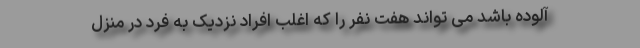
آلوده باشد می تواند هفت نفر را که اغلب افراد نزدیک به فرد در منزل